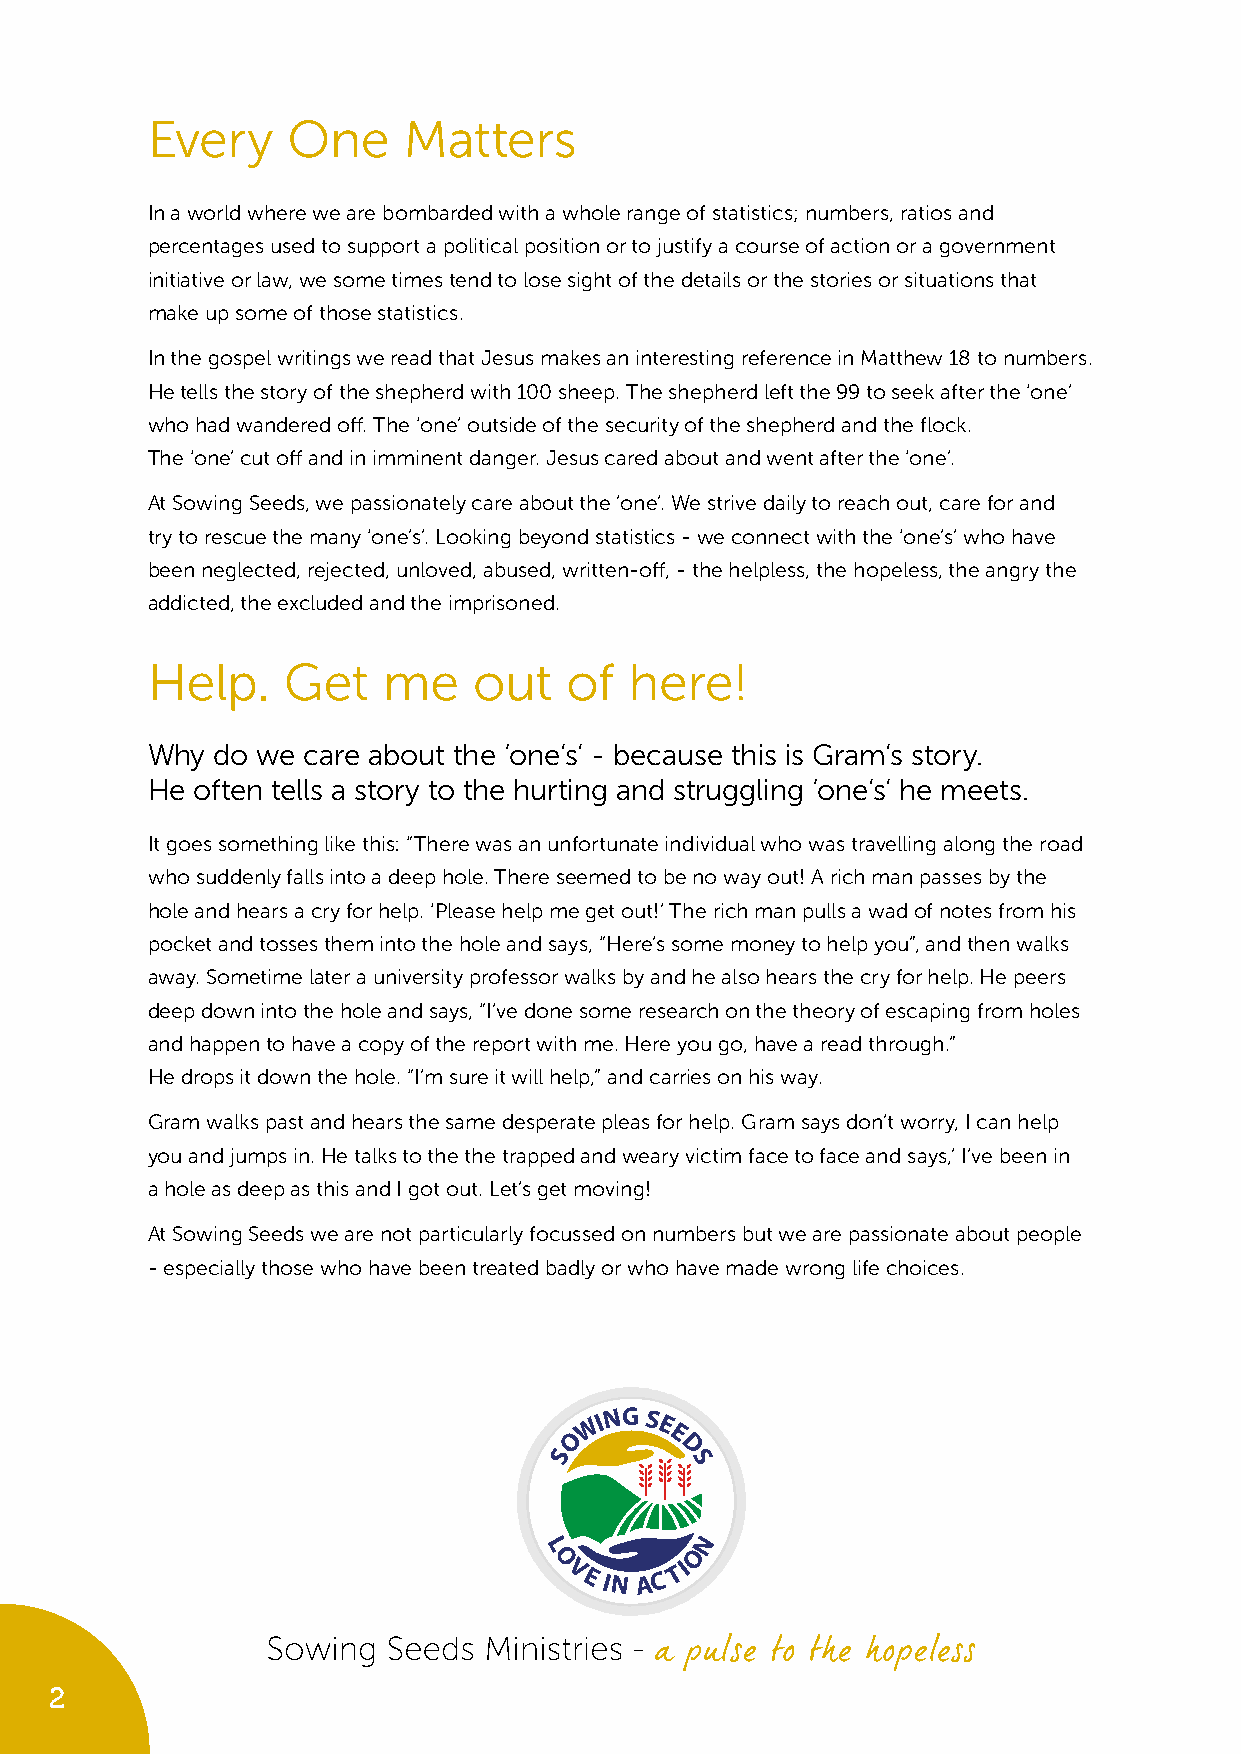
Every    One     Matters
 In a world where we are bombarded with a whole range of statistics; numbers, ratios and
 percentages used to support a political position or to justify a course of action or a government
 initiative or law, we some times tend to lose sight of the details or the stories or situations that
 make up some of those statistics.
 In the gospel writings we read that Jesus makes an interesting reference in Matthew 18 to numbers.
 He tells the story of the shepherd with 100 sheep. The shepherd left the 99 to seek after the ‘one’
 who had wandered off. The ‘one’ outside of the security of the shepherd and the flock.
 The ‘one’ cut off and in imminent danger. Jesus cared about and went after the ‘one’.
 At Sowing Seeds, we passionately care about the ’one’. We strive daily to reach out, care for and
 try to rescue the many ‘one’s’. Looking beyond statistics - we connect with the ‘one’s’ who have
 been neglected, rejected, unloved, abused, written-off, - the helpless, the hopeless, the angry the
 addicted, the excluded and the imprisoned.
 Help.    Get   me    out   of   here!
 Why do we care about the ‘one’s’ - because this is Gram’s story.
 He often tells a story to the hurting and struggling ‘one’s’ he meets.
 It goes something like this: “There was an unfortunate individual who was travelling along the road
 who suddenly falls into a deep hole. There seemed to be no way out! A rich man passes by the
 hole and hears a cry for help. ‘Please help me get out!’ The rich man pulls a wad of notes from his
 pocket and tosses them into the hole and says, “Here’s some money to help you”, and then walks
 away. Sometime later a university professor walks by and he also hears the cry for help. He peers
 deep down into the hole and says, “I’ve done some research on the theory of escaping from holes
 and happen to have a copy of the report with me. Here you go, have a read through.”
 He drops it down the hole. “I’m sure it will help,” and carries on his way.
 Gram walks past and hears the same desperate pleas for help. Gram says don’t worry, I can help
 you and jumps in. He talks to the the trapped and weary victim face to face and says,’ I’ve been in
 a hole as deep as this and I got out. Let’s get moving!
 At Sowing Seeds we are not particularly focussed on numbers but we are passionate about people
 - especially those who have been treated badly or who have made wrong life choices.
 W ING S E
 O     E
 S       D
 S
 N
 L         O
 O
 VE IN AC
 TI
 2